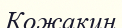
Кожакин